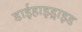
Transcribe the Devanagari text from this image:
डाईहाइड्राइड